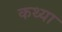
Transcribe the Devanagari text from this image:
कथ्या